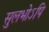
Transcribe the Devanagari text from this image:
सुलभोऽपि